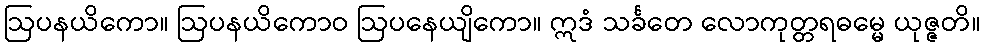
ဩပနယိကော။ ဩပနယိကောဝ ဩပနေယျိကော။ ဣဒံ သင်္ခတေ လောကုတ္တရဓမ္မေ ယုဇ္ဇတိ။